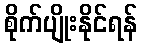
စိုက်ပျိုးနိုင်ရန်